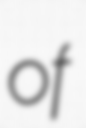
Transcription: of